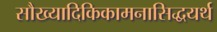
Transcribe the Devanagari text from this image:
सौख्यादिकिकामनासिद्धयर्थ